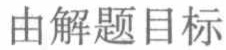
由解题目标